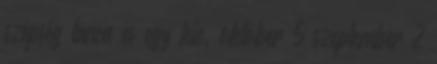
szépség tánca és egy kic. október 5 szeptember 2